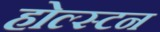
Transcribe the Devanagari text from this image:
होल्स्टन